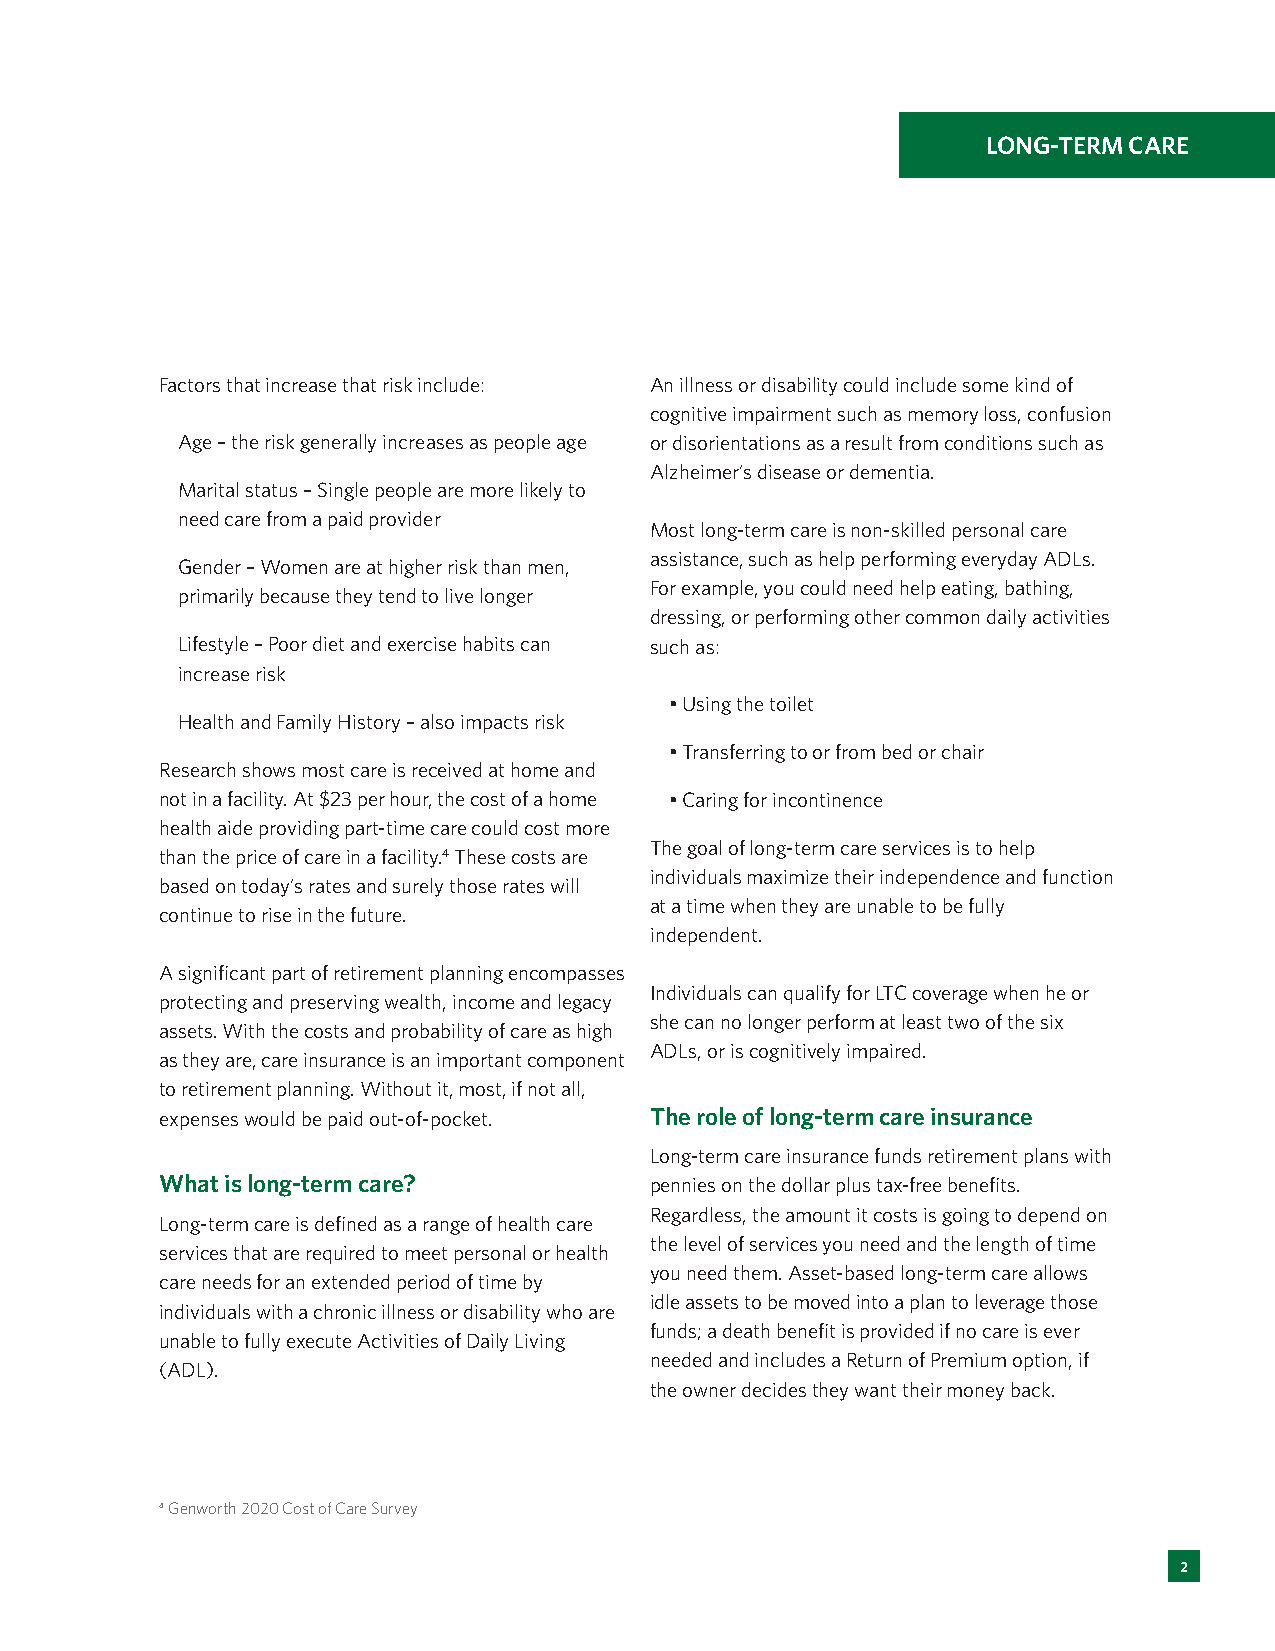
LONG-TERM CARE
 Factors that increase that risk include: An illness or disability could include some kind of
 cognitive impairment such as memory loss, confusion
 Age – the risk generally increases as people age or disorientations as a result from conditions such as
 Alzheimer’s disease or dementia.
 Marital status – Single people are more likely to
 need care from a paid provider
 Most long-term care is non-skilled personal care
 assistance, such as help performing everyday ADLs.
 Gender – Women are at higher risk than men,
 For example, you could need help eating, bathing,
 primarily because they tend to live longer
 dressing, or performing other common daily activities
 Lifestyle – Poor diet and exercise habits can such as:
 increase risk
 • Using the toilet
 Health and Family History – also impacts risk
 • Transferring to or from bed or chair
 Research shows most care is received at home and
 not in a facility. At $23 per hour, the cost of a home • Caring for incontinence
 health aide providing part-time care could cost more
 The goal of long-term care services is to help
 than the price of care in a facility.4 These costs are
 individuals maximize their independence and function
 based on today’s rates and surely those rates will
 at a time when they are unable to be fully
 continue to rise in the future.
 independent.
 A significant part of retirement planning encompasses
 Individuals can qualify for LTC coverage when he or
 protecting and preserving wealth, income and legacy
 she can no longer perform at least two of the six
 assets. With the costs and probability of care as high
 ADLs, or is cognitively impaired.
 as they are, care insurance is an important component
 to retirement planning. Without it, most, if not all,
 expenses would be paid out-of-pocket. The role of long-term care insurance
 Long-term care insurance funds retirement plans with
 What is long-term care?         pennies on the dollar plus tax-free benefits.
 Regardless, the amount it costs is going to depend on
 Long-term care is defined as a range of health care
 the level of services you need and the length of time
 services that are required to meet personal or health
 you need them. Asset-based long-term care allows
 care needs for an extended period of time by
 idle assets to be moved into a plan to leverage those
 individuals with a chronic illness or disability who are
 funds; a death benefit is provided if no care is ever
 unable to fully execute Activities of Daily Living
 needed and includes a Return of Premium option, if
 (ADL).
 the owner decides they want their money back.
 4 Genworth 2020 Cost of Care Survey
 2